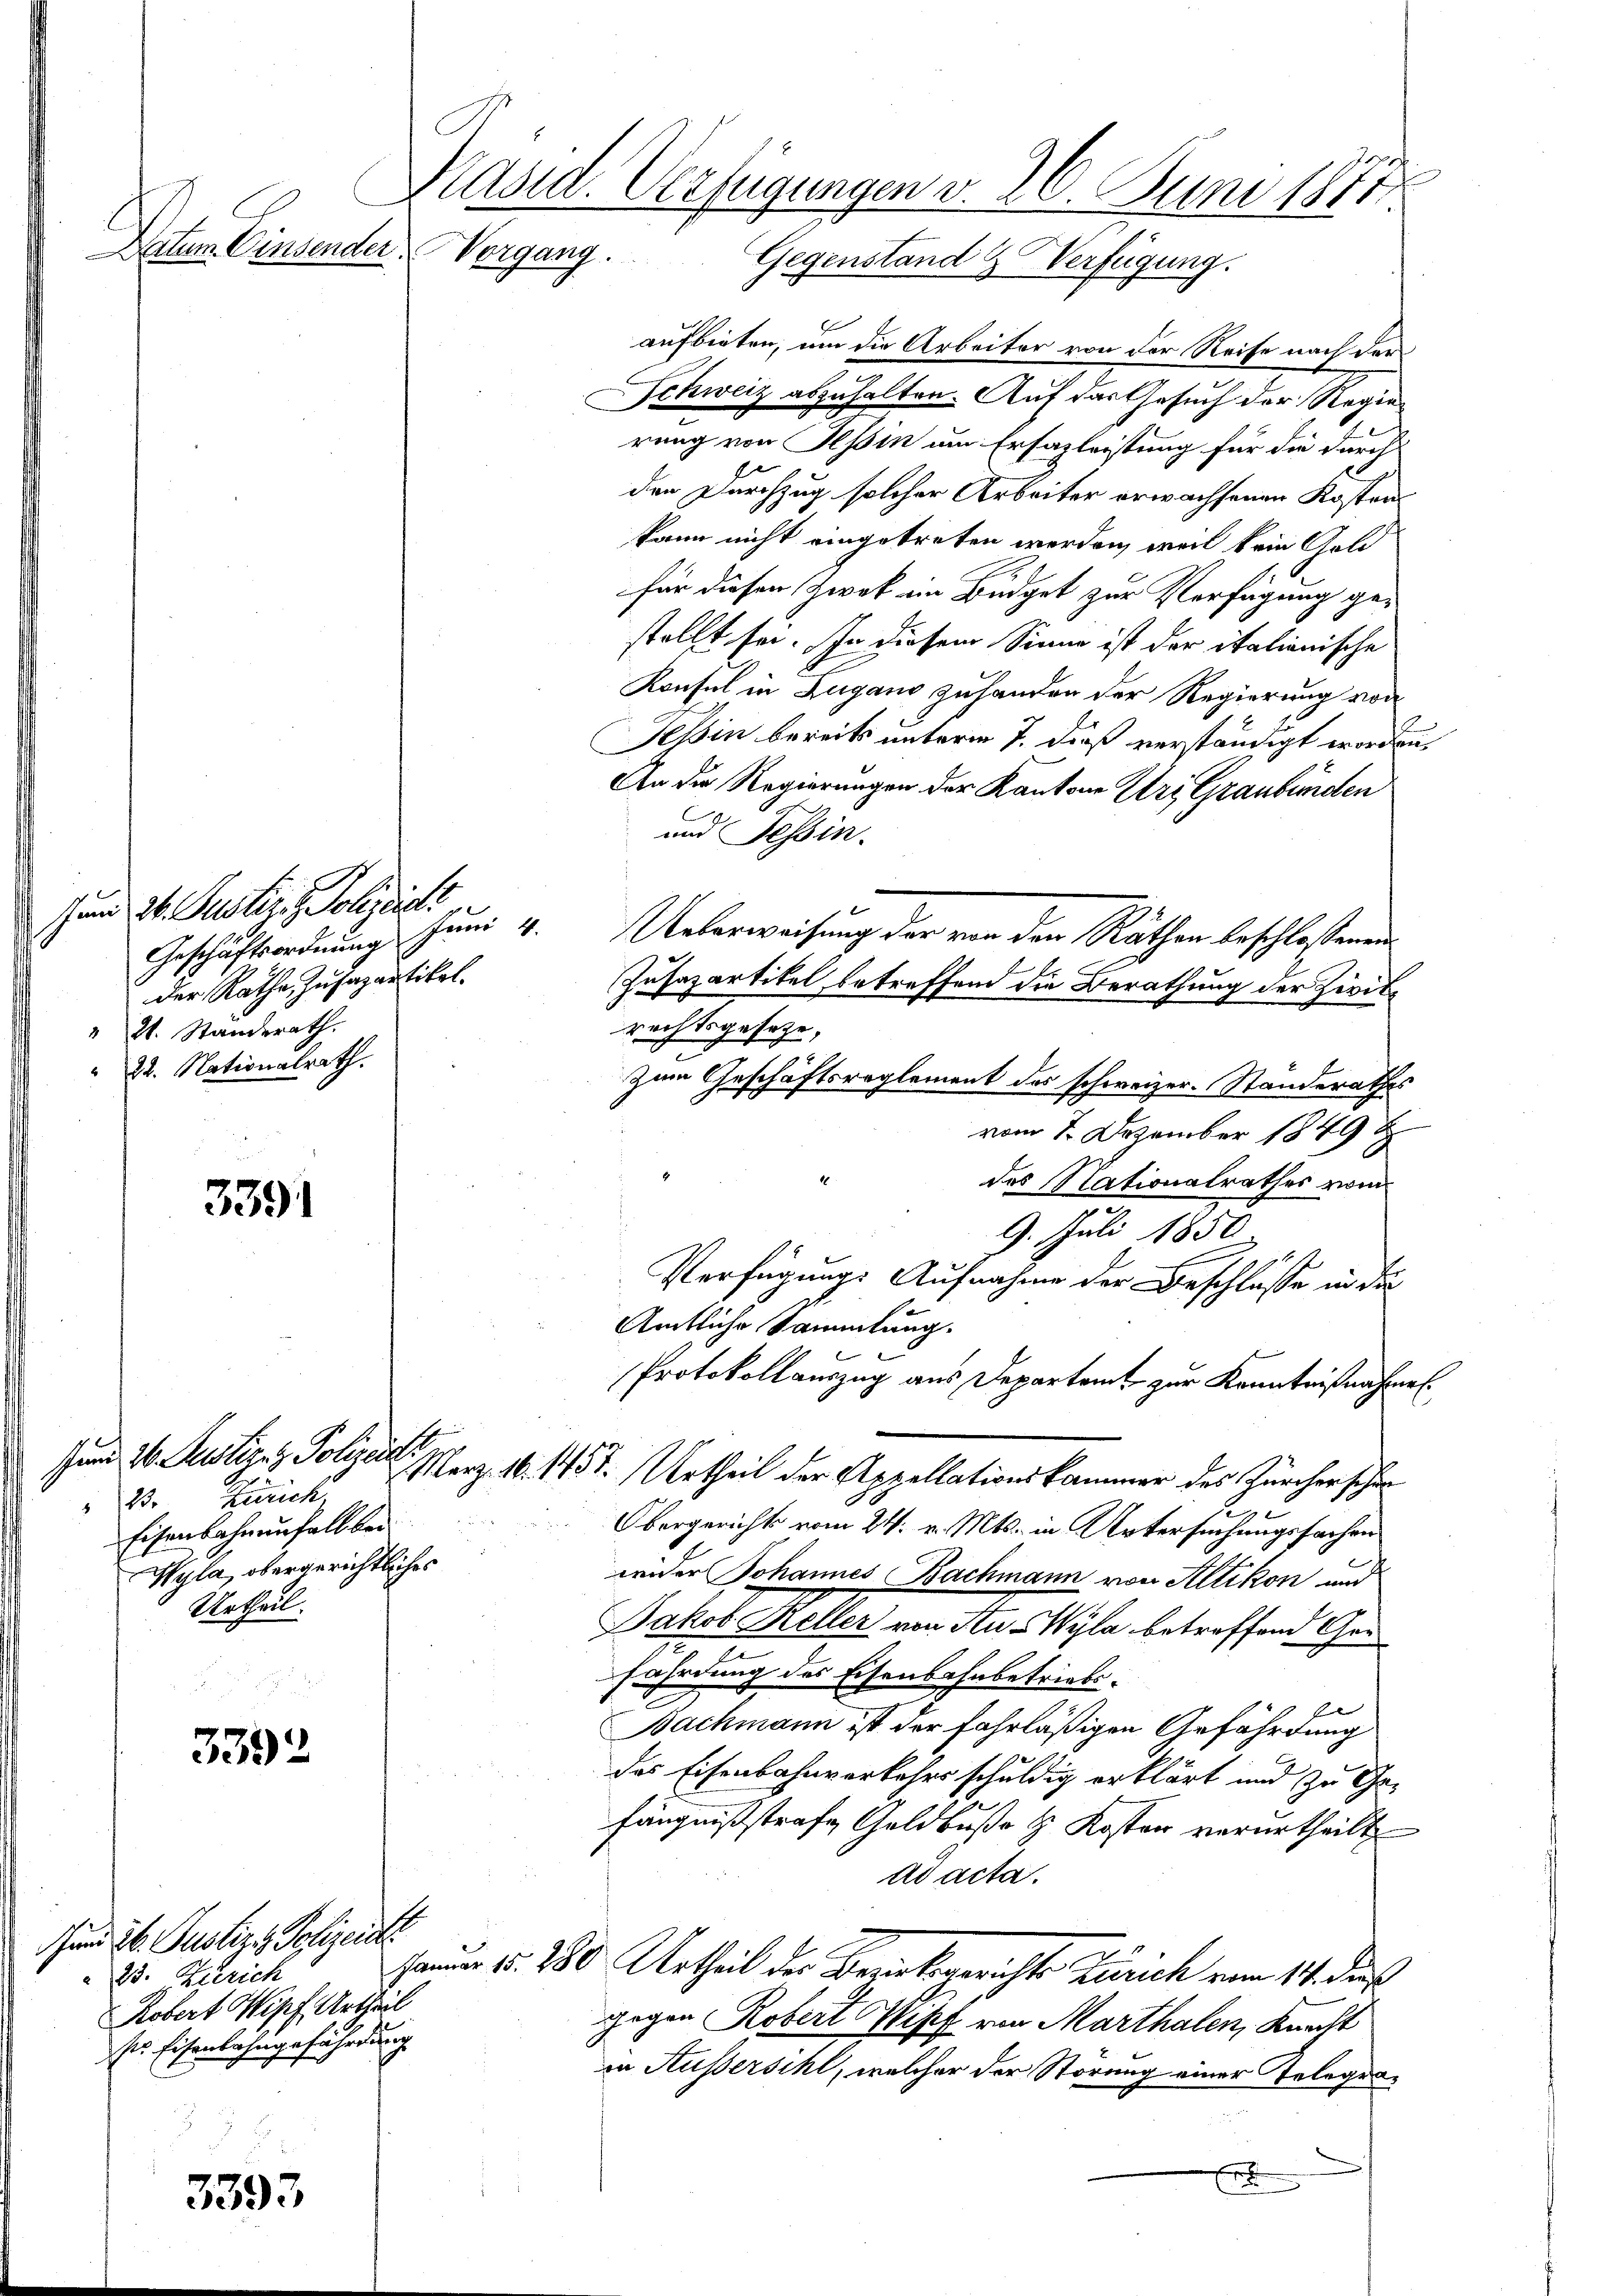
Datum Einsender Vorgang.

Jund 26. Justiz & Polizeidi
der Rathe, zusazantikel.
" 21. Standerath.
" 22. Nationalrath.

3391

Jund 26. Justiz- & Polizeidt
23. Zürich
Eisenbahnenfelb bei
Wyla, obergerichtliches
Urtheil.

3392

3393

Zum 26. Justiz & Polizeiste
 23. Zürich
Robert Wipf Urtheil
ses Eisenbahngefährdung

e
Präsid. Verfügungen v. 26. Juni 1877.
Gegenstand & Verfügung.

aufbieten, um die Arbeiter von der Reise nach der
Schweiz abzuhalten. Auf das Gesuch der Regierung von Tessin um Ersazleistung für die durch
den Durchzug solcher Arbeiter erwachsenen Kosten
kann nicht eingetreten werden, weil kein Gold
für diesen Zwek im Büdget zur Verfügung ge-
stellt sei. In diesem Sinne ist der italionische
Konsul in Zugano zuhanden der Regierung von
Tessin bereits unterm 7. dieß verständigt worden,
An die Regierungen der Kantone Uri, Graubünden
C
und Tessin.
Geschäftsordnung Juni 4. Ueberweisung der von den Räthen beschlossenen
Zusapartikel betreffend die Berathung der Zwitrechtsgesetze,
Zum Geschäftsreglement des schweizer-Standerathes
vom 1. Dezember 1849
des Nationalrathes vom
9. Juli 1850
Verfügungs Aufnahme der Beschlüsse in der
Amtliche Sammlung.
Protokollauszug aus Departamt zur Kenntnißnahmen.
Merz. 16. 1457. Urtheil der Appellationskammer des Zürcher schön
.
n
Obergerichts vom 24. v. Mts. in Untersuchungssachen
wider Johannes Bachmann von Altikon und
Jakob Keller von Stu Wyla, betreffend Gen
.
fährdung des Eisenbahnbetriebs¬
Bachmann ist der fahrläßigen Gefährdung
das Eisenbahnverkehrs schuldig erklärt und zu Ge-
fängnißstrafe Geldbuße & Koster verurtheilt
ad acta.
sauer v. 280 Urtheil der Berichsgerichts Zürich vom 14. des
gegen Robert Wipf von Marthalen, Knecht
in Aussersihl, welcher der Störung einer Telegrax